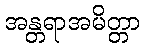
အန္တရာအမိတ္တာ